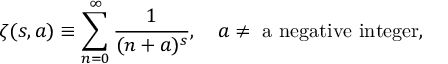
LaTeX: \zeta ( s , a ) \equiv \sum _ { n = 0 } ^ { \infty } \frac { 1 } { ( n + a ) ^ { s } } , \quad a \ne \mathrm { ~ a ~ n e g a t i v e ~ i n t e g e r } ,